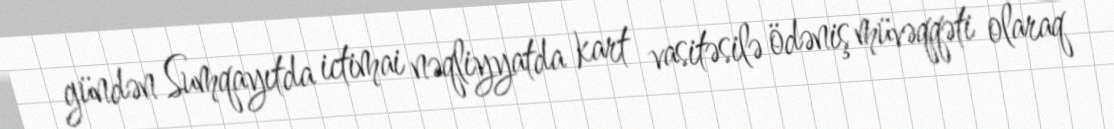
gündən Sumqayıtda ictimai nəqliyyatda kart vasitəsilə ödəniş müvəqqəti olaraq